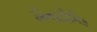
એનાટોમિક